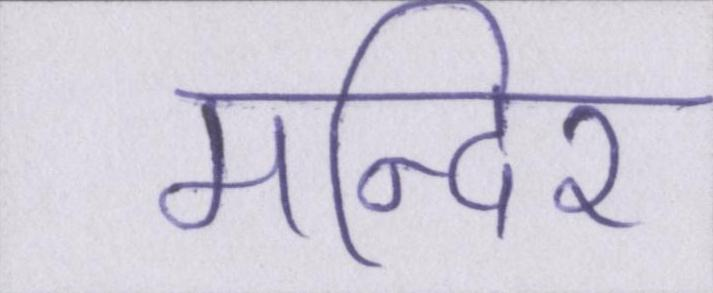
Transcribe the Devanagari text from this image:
मन्दिर